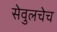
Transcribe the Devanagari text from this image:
सेवुलचेच